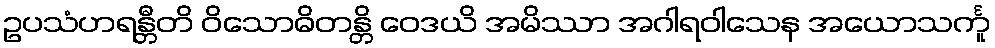
ဥပသံဟရန္တီတိ ဝိသောဓိတန္တိ ဝေဒယိ အမိဿာ အဂါရဝါသေန အယောသင်္ကူ